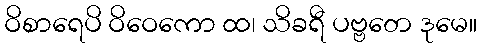
ဝိစာရေပိ ဝိဝေကော ထ၊ သိခရီ ပဗ္ဗတေ ဒုမေ။